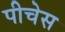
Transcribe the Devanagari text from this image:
पीचेस